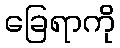
ခြေရာကို